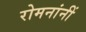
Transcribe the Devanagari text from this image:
रोमनांनीं